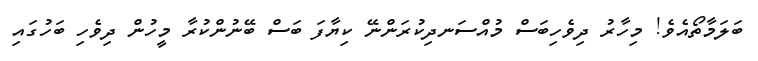
ބަލަމާތޯއެވެ! މިހާރު ދިވެހިބަސް މުއްސަނދިކުރަންނޭ ކިޔާފަ ބަސް ބޭނުންކުރާ މީހުން ދިވެހި ބަހުގައި